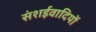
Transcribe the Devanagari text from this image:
संशईवादियों